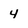
Character: 4